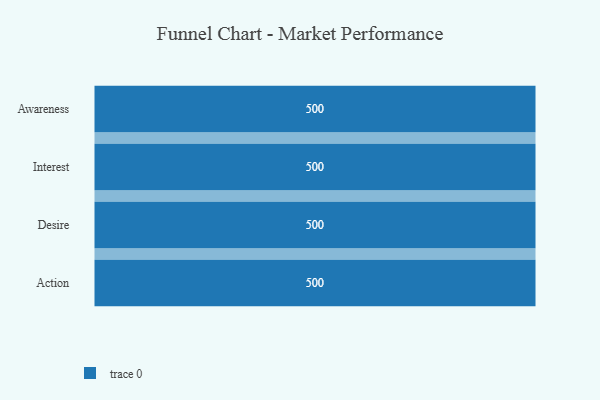
{"axis": {"x": "Stage", "y": "Value"}, "legend": [""], "data": [{"x": "Awareness", "y": 500, "type": ""}, {"x": "Interest", "y": 500, "type": ""}, {"x": "Desire", "y": 500, "type": ""}, {"x": "Action", "y": 500, "type": ""}]}